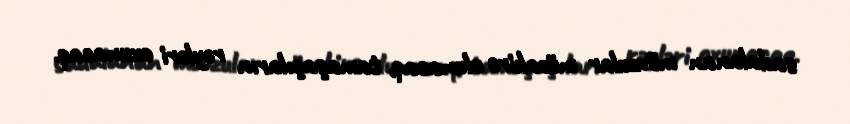
sadalanan mövzular müzakirə olunacaq, tamaşaçıların rəyləri oxunacaq.